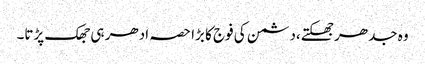
وہ جدھر جھکتے،دشمن کی فوج کا بڑا حصہ ادھر ہی جھک پڑتا۔